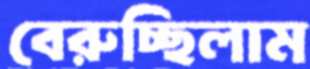
বেরুচ্ছিলাম